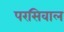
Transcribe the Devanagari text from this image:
परसिवाल